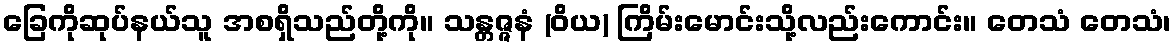
ခြေကိုဆုပ်နယ်သူ အစရှိသည်တို့ကို။ သန္တဇ္ဇနံ (ဝိယ) ကြိမ်းမောင်းသို့လည်းကောင်း။ တေသံ တေသံ၊